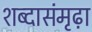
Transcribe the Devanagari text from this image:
शब्दासंमृढ़ा